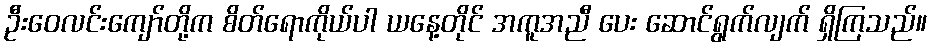
ဦးဝေလင်းကျော်တို့က စိတ်ရောကိုယ်ပါ ယနေ့တိုင် အကူအညီ ပေး ဆောင်ရွက်လျက် ရှိကြသည်။